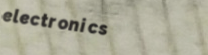
electronics